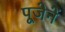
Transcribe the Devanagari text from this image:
पूजेनें